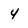
Character: 4